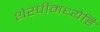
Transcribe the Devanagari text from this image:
थेरपीमध्येहि